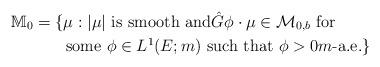
LaTeX: \begin{align*} \mathbb M_0&=\{\mbox{$\mu:|\mu|$ is smooth and$\hat{G}\phi\cdot\mu\in\mathcal{M}_{0,b}$ for}\\&\qquad\mbox{some $\phi\in L^1(E;m)$ such that $\phi>0$$m$-a.e.}\}\end{align*}